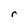
Character: r